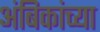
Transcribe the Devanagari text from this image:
अंबिकांच्या